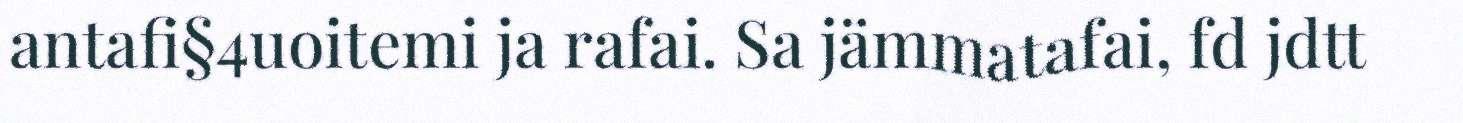
antafi§4uoitemi ja rafai. Sa jämmatafai, fd jdtt